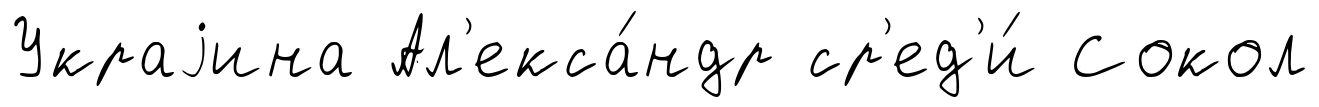
Украjина Ал'екса́ндр ср'ед'и́ Сокол